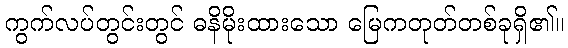
ကွက်လပ်တွင်းတွင် ဓနိမိုးထားသော မြေကတုတ်တစ်ခုရှိ၏။